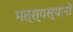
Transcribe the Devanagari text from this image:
मत्स्यस्थानों